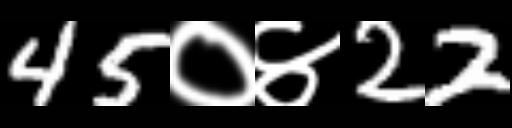
Text: 45०४22